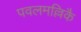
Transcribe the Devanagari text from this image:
पवलमल्लिकै